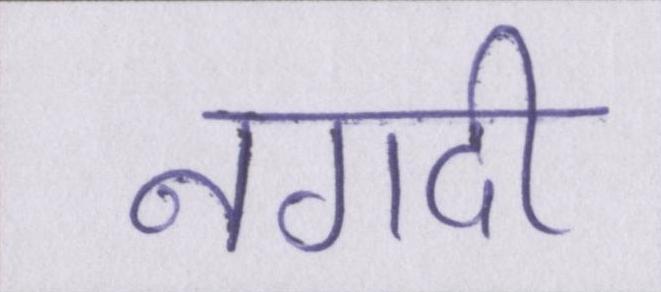
नगदी